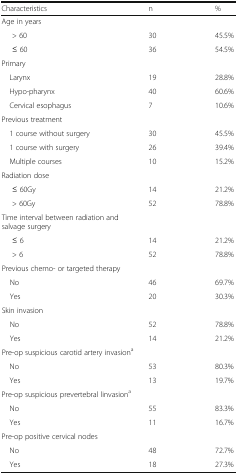
<table><thead><tr><td><b>Characteristics</b></td><td><b>n</b></td><td><b>%</b></td></tr></thead><tbody><tr><td colspan="3">Age in years</td></tr><tr><td>&gt; 60</td><td>30</td><td>45.5%</td></tr><tr><td>≤ 60</td><td>36</td><td>54.5%</td></tr><tr><td colspan="3">Primary</td></tr><tr><td> Larynx</td><td>19</td><td>28.8%</td></tr><tr><td> Hypo-pharynx</td><td>40</td><td>60.6%</td></tr><tr><td> Cervical esophagus</td><td>7</td><td>10.6%</td></tr><tr><td colspan="3">Previous treatment</td></tr><tr><td> 1 course without surgery</td><td>30</td><td>45.5%</td></tr><tr><td> 1 course with surgery</td><td>26</td><td>39.4%</td></tr><tr><td> Multiple courses</td><td>10</td><td>15.2%</td></tr><tr><td colspan="3">Radiation dose</td></tr><tr><td>≤ 60Gy</td><td>14</td><td>21.2%</td></tr><tr><td>&gt; 60Gy</td><td>52</td><td>78.8%</td></tr><tr><td colspan="3">Time interval between radiation and salvage surgery</td></tr><tr><td>≤ 6</td><td>14</td><td>21.2%</td></tr><tr><td>&gt; 6</td><td>52</td><td>78.8%</td></tr><tr><td colspan="3">Previous chemo- or targeted therapy</td></tr><tr><td> No</td><td>46</td><td>69.7%</td></tr><tr><td> Yes</td><td>20</td><td>30.3%</td></tr><tr><td colspan="3">Skin invasion</td></tr><tr><td> No</td><td>52</td><td>78.8%</td></tr><tr><td> Yes</td><td>14</td><td>21.2%</td></tr><tr><td colspan="3">Pre-op suspicious carotid artery invasion<sup>a</sup></td></tr><tr><td> No</td><td>53</td><td>80.3%</td></tr><tr><td> Yes</td><td>13</td><td>19.7%</td></tr><tr><td colspan="3">Pre-op suspicious prevertebral linvasion<sup>a</sup></td></tr><tr><td> No</td><td>55</td><td>83.3%</td></tr><tr><td> Yes</td><td>11</td><td>16.7%</td></tr><tr><td colspan="3">Pre-op positive cervical nodes</td></tr><tr><td> No</td><td>48</td><td>72.7%</td></tr><tr><td> Yes</td><td>18</td><td>27.3%</td></tr></tbody></table>